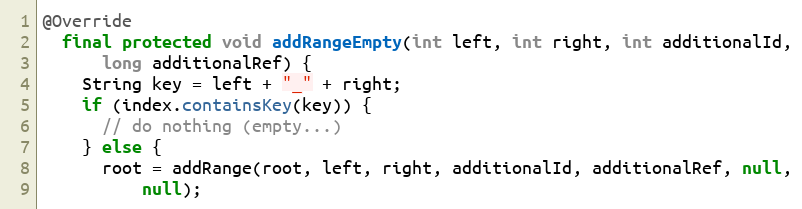
Language: Java
@Override
  final protected void addRangeEmpty(int left, int right, int additionalId,
      long additionalRef) {
    String key = left + "_" + right;
    if (index.containsKey(key)) {
      // do nothing (empty...)
    } else {
      root = addRange(root, left, right, additionalId, additionalRef, null,
          null);